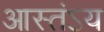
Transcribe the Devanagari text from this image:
आस्तंऽय